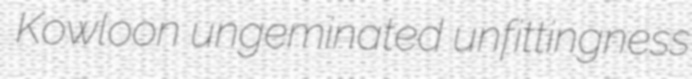
Kowloon ungeminated unfittingness